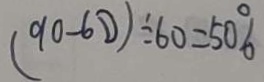
( 9 0 - 6 0 ) \div 6 0 = 5 0 \%